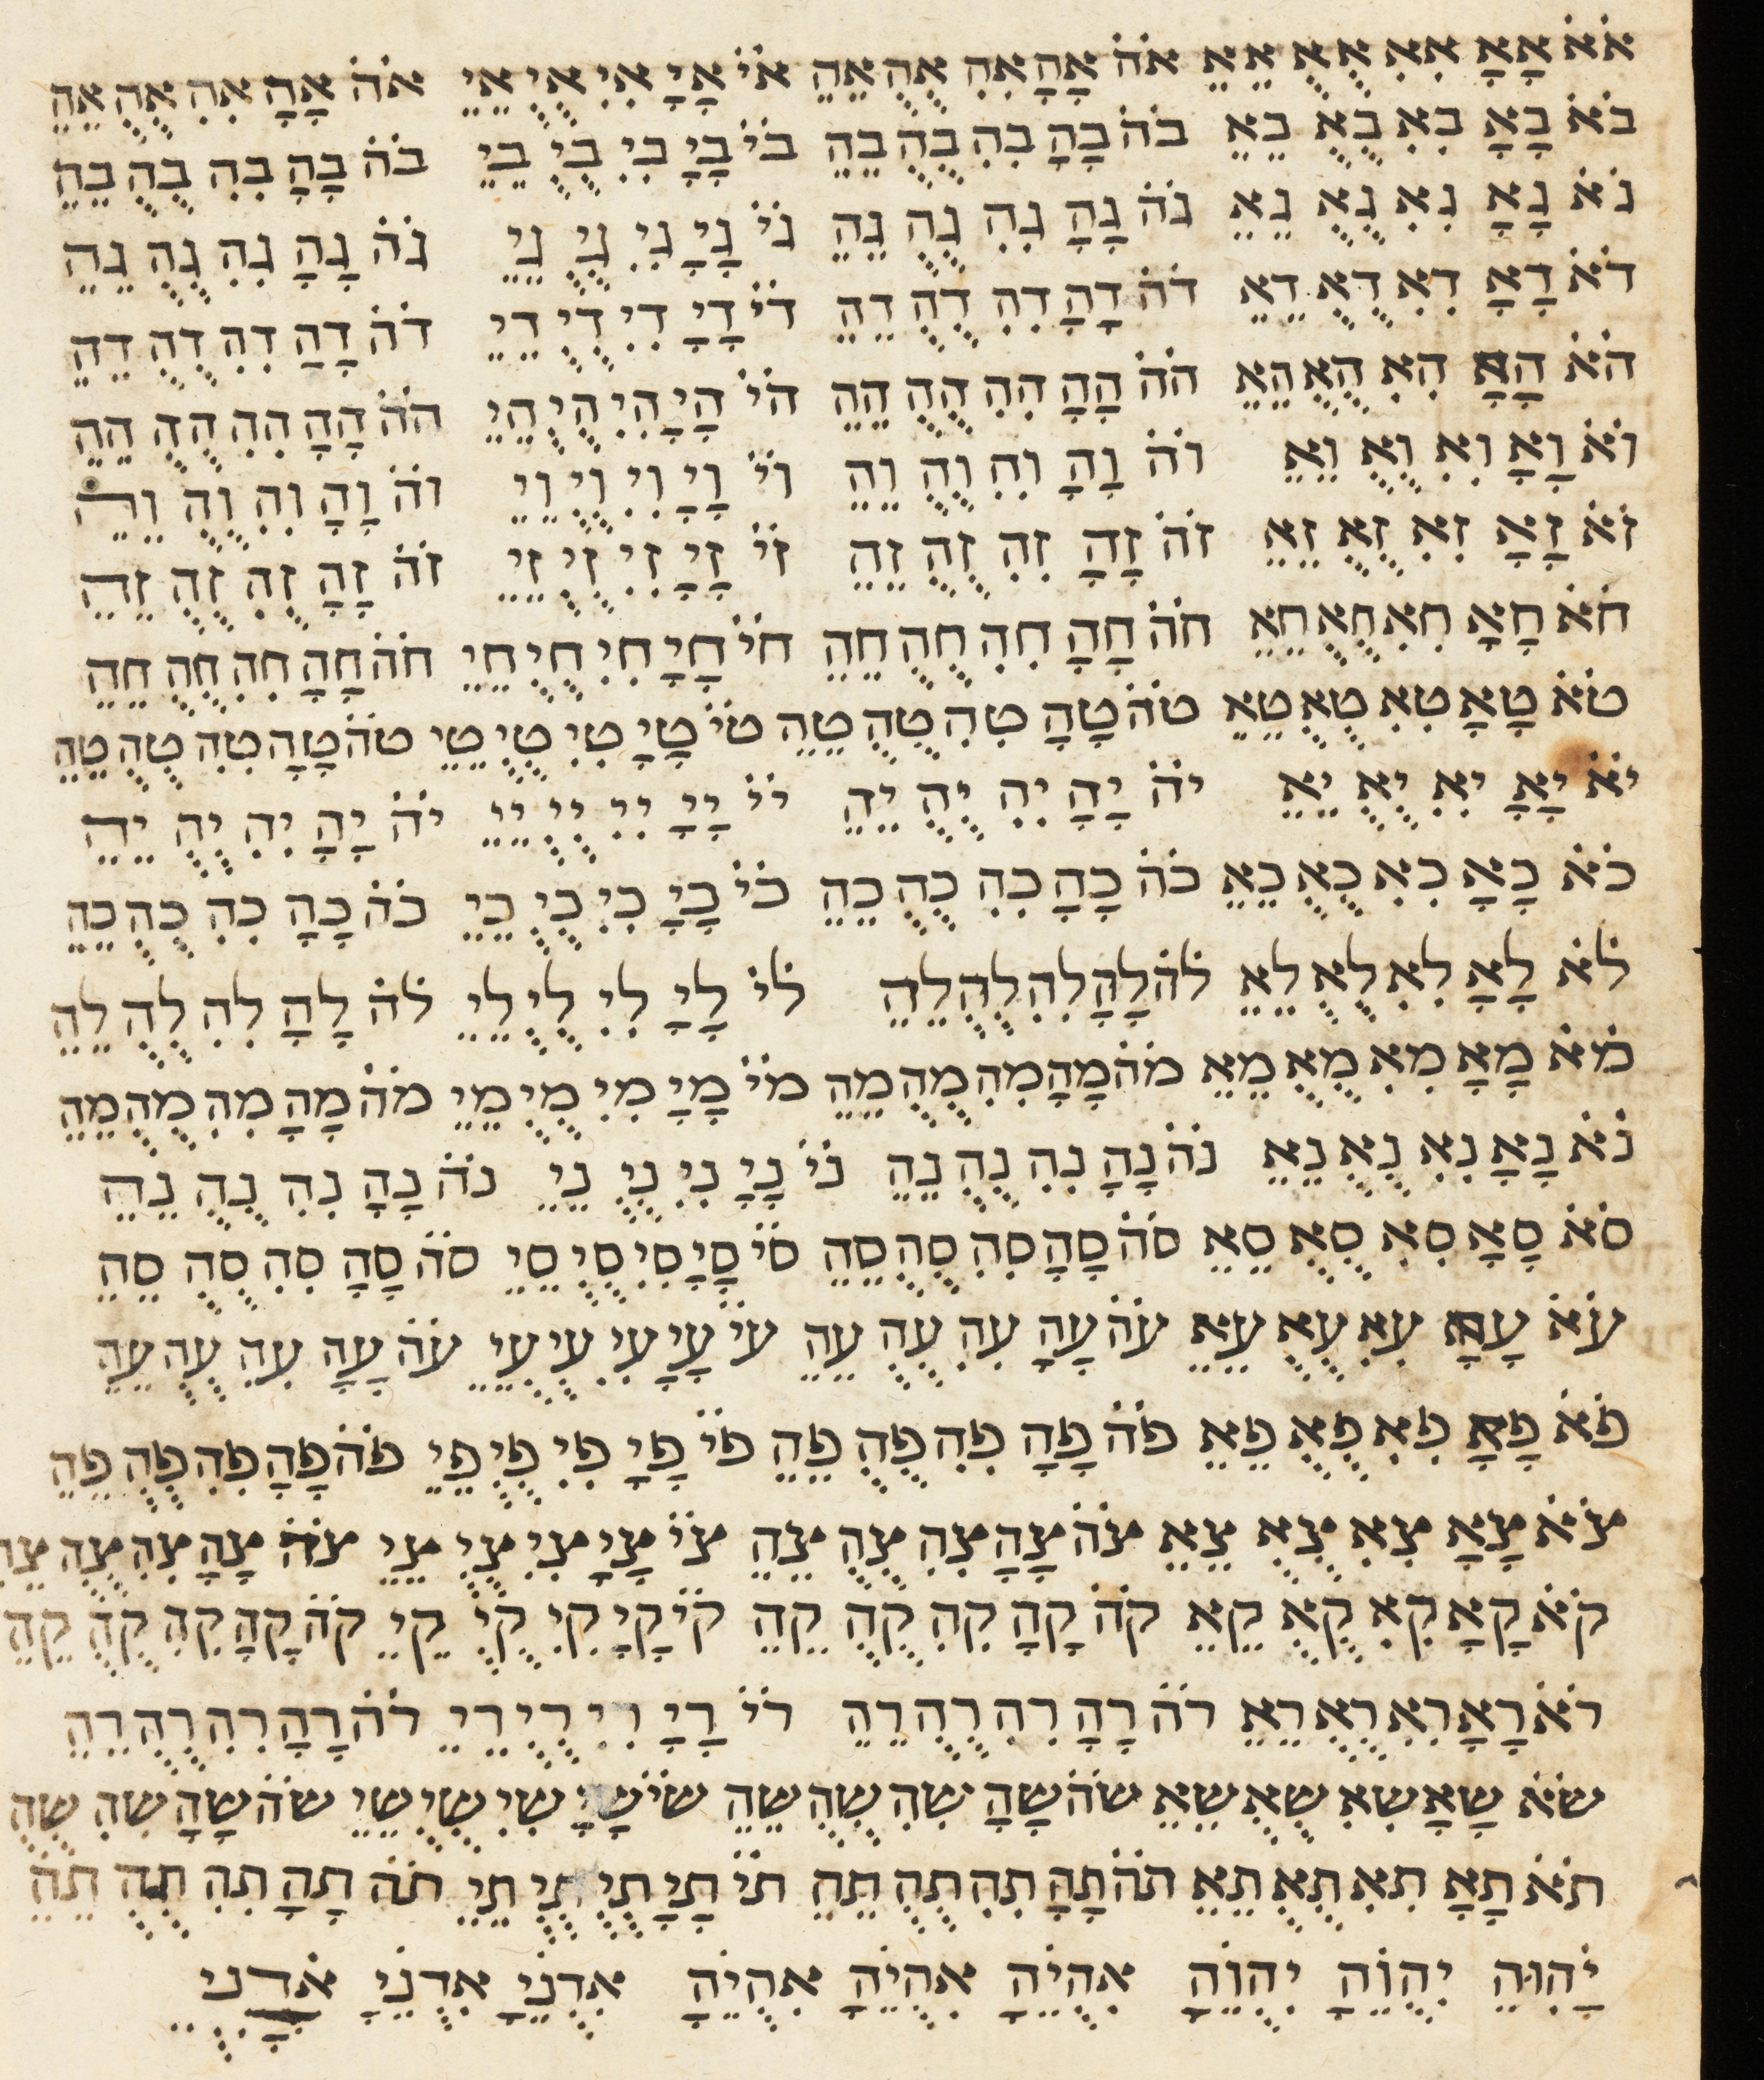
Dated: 1400–1799